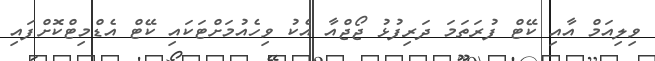
ވިލިއަމް އާއި ކޭޓް ފުރަތަމަ ދަރިފުޅު ޖޯޖްއާ އެކު ވިހެއުމަށްޓަކައި ކޭޓް އެޑްމިޓްކޮށްފައި